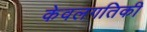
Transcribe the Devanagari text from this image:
केवलगतिकी